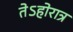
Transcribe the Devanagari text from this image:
तेऽहोरात्र